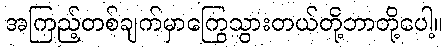
အကြည့်တစ်ချက်မှာကြွေသွားတယ်တို့ဘာတို့ပေါ့။